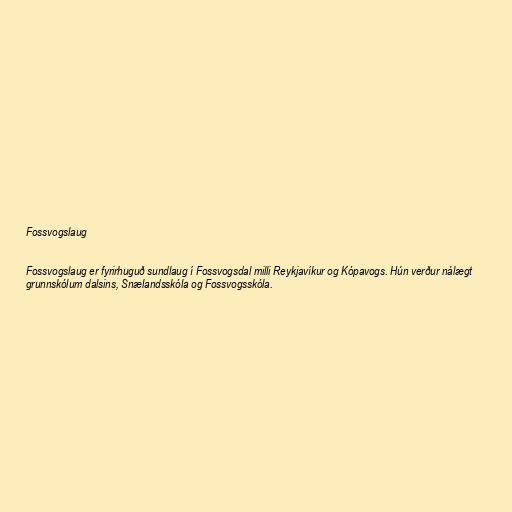
Fossvogslaug

Fossvogslaug er fyrirhuguð sundlaug í Fossvogsdal milli Reykjavíkur og Kópavogs. Hún verður nálægt
grunnskólum dalsins, Snælandsskóla og Fossvogsskóla.